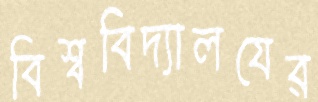
বিশ্ববিদ্যালযের